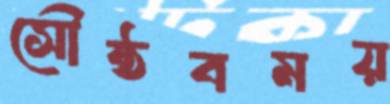
সৌষ্ঠবময়